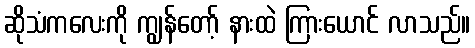
ဆိုသံကလေးကို ကျွန်တော့် နားထဲ ကြားယောင် လာသည်။